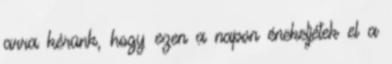
arra kérünk, hogy ezen a napon énekeljétek el a